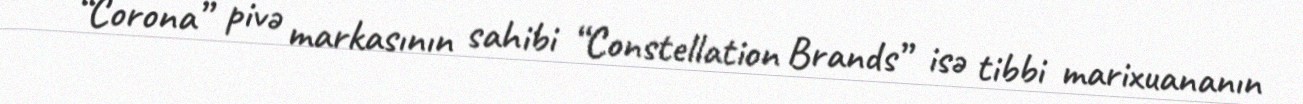
“Corona” pivə markasının sahibi “Constellation Brands” isə tibbi marixuananın